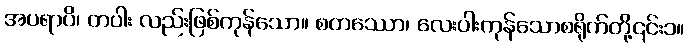
အပရာပိ၊ တပါး လည်းဖြစ်ကုန်သော။ စတဿော၊ လေးပါးကုန်သောစရိုက်တို့၎င်း၁။